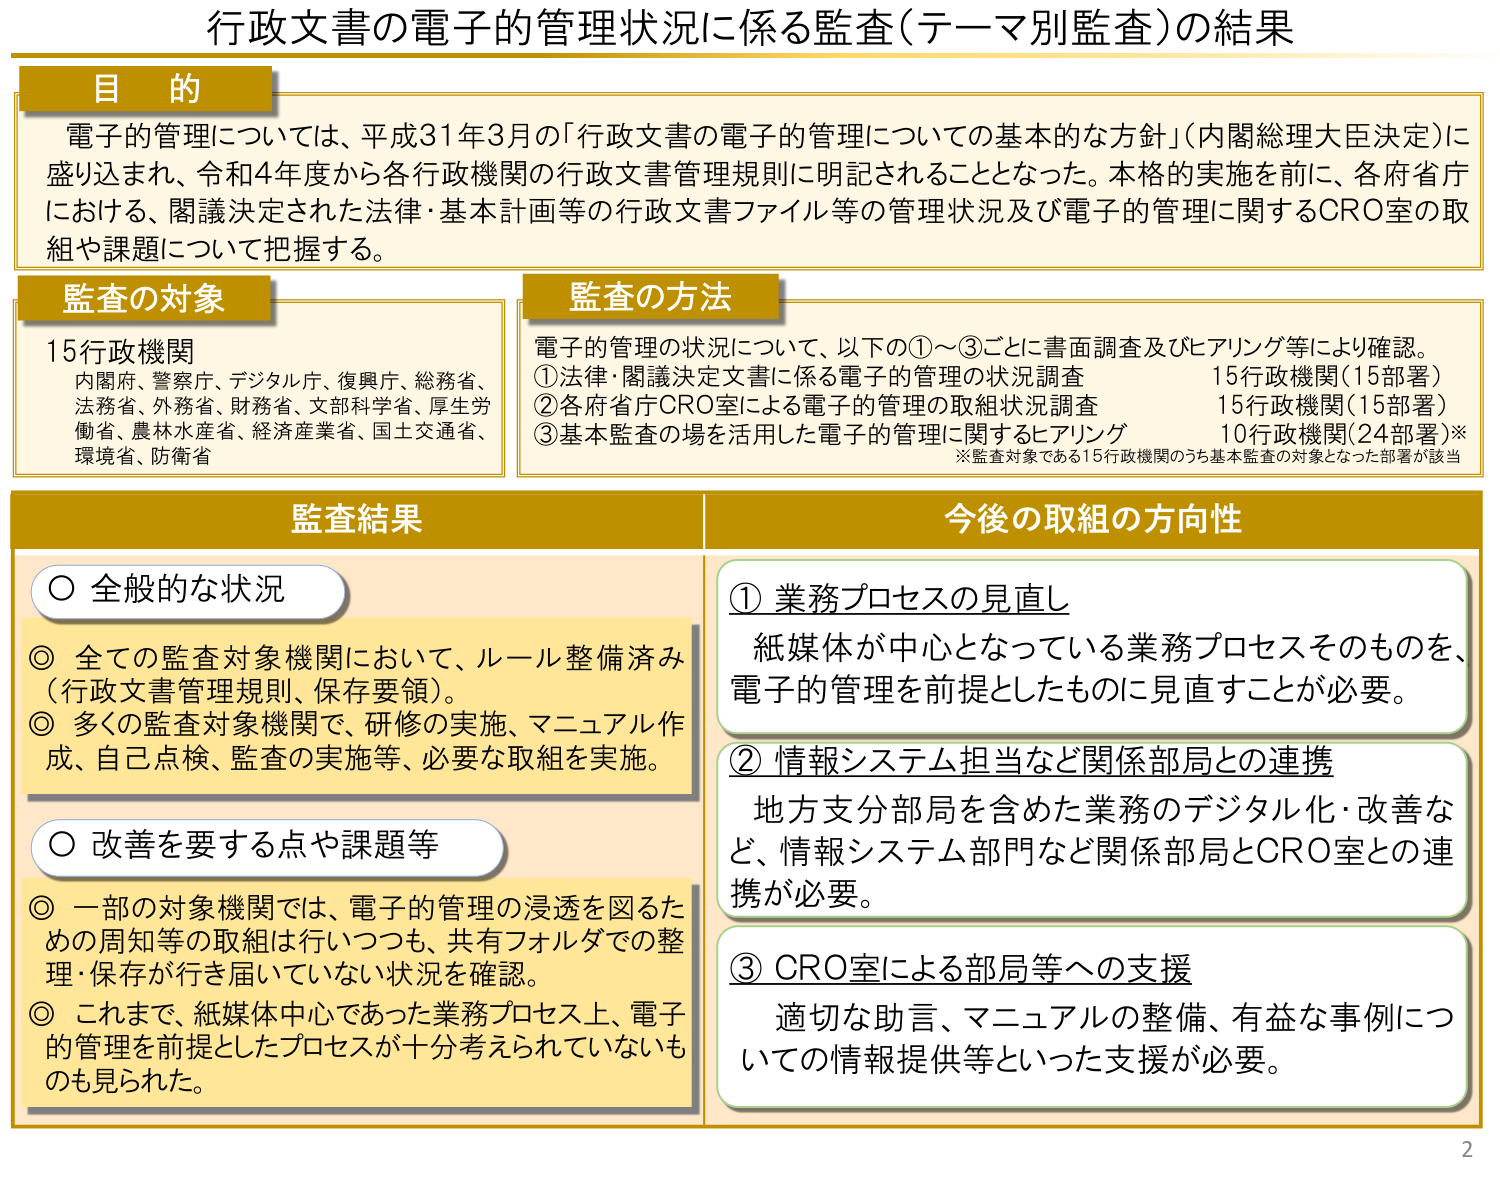
行政文書の電子的管理状況に係る監査（テーマ別監査）の結果

目的
電子的管理については、平成31年3月の「行政文書の電子的管理についての基本的な方針」（内閣総理大臣決定）に盛り込まれ、令和4年度から各行政機関の行政文書管理規則に明記されることとなった。本格的実施を前に、各府省庁における、閣議決定された法律・基本計画等の行政文書ファイル等の管理状況及び電子的管理に関するCRO室の取組や課題について把握する。

監査の対象
15行政機関
内閣府、警察庁、デジタル庁、復興庁、総務省、
法務省、外務省、財務省、文部科学省、厚生労働省、農林水産省、経済産業省、国土交通省、
環境省、防衛省

監査の方法
電子的管理の状況について、以下の①～③ごとに書面調査及びヒアリング等により確認。
①法律・閣議決定文書に係る電子的管理の状況調査 15行政機関（15部署）
②各府省庁CRO室による電子的管理の取組状況調査 15行政機関（15部署）
③基本監査の場を活用した電子的管理に関するヒアリング 10行政機関（24部署）※
※監査対象である15行政機関のうち基本監査の対象となった部署が該当

監査結果
○ 全般的な状況
◎ 全ての監査対象機関において、ルール整備済み（行政文書管理規則、保存要領）。
◎ 多くの監査対象機関で、研修の実施、マニュアル作成、自己点検、監査の実施等、必要な取組を実施。

○ 改善を要する点や課題等
◎ 一部の対象機関では、電子的管理の浸透を図るための周知等の取組は行いつつも、共有フォルダでの整理・保存が行き届いていない状況を確認。
◎ これまで、紙媒体中心であった業務プロセス上、電子的管理を前提としたプロセスが十分考えられていないものも見られた。

今後の取組の方向性
① 業務プロセスの見直し
紙媒体が中心となっている業務プロセスそのものを、電子的管理を前提としたものに見直すことが必要。

② 情報システム担当など関係部局との連携
地方支分部局を含めた業務のデジタル化・改善など、情報システム部門など関係部局とCRO室との連携が必要。

③ CRO室による部局等への支援
適切な助言、マニュアルの整備、有益な事例についての情報提供等といった支援が必要。

2